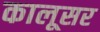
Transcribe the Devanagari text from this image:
कालूसर